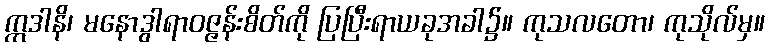
ဣဒါနိ၊ မနောဒွါရာဝဇ္ဇန်းစိတ်ကို ပြပြီးရာယခုအခါ၌။ ကုသလတော၊ ကုသိုလ်မှ။